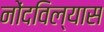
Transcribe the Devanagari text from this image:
नोंदविल्यास